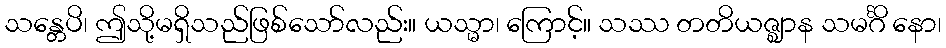
သန္တေပိ၊ ဤသို့မရှိသည်ဖြစ်သော်လည်း။ ယသ္မာ၊ ကြောင့်။ သဿ တတိယဇ္ဈာန သမင်္ဂိ နော၊